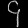
Digit: ၄